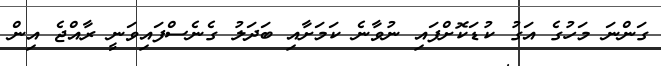
ގަންނަ މަހުގެ އަގު ކުޑަކޮށްފައި ނުވާނެ ކަމަށާއި ބަދަލު ގެނެސްފައިވަނީ ރާއްޖެ އިން